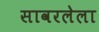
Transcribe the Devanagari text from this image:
सावरलेला